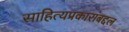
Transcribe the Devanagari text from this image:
साहित्यप्रकारांबद्दल